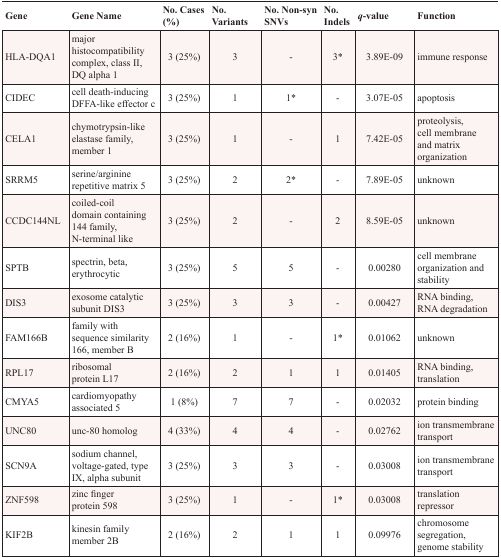
<table><thead><tr><td><b>Gene</b></td><td><b>Gene Name</b></td><td><b>No. Cases (%)</b></td><td><b>No. Variants</b></td><td><b>No. Non-syn SNVs</b></td><td><b>No. Indels</b></td><td><b><i>q</i>-value</b></td><td><b>Function</b></td></tr></thead><tbody><tr><td>HLA-DQA1</td><td>major histocompatibility complex, class II, DQ alpha 1</td><td>3 (25%)</td><td>3</td><td>-</td><td>3*</td><td>3.89E-09</td><td>immune response</td></tr><tr><td>CIDEC</td><td>cell death-inducing DFFA-like effector c</td><td>3 (25%)</td><td>1</td><td>1*</td><td>-</td><td>3.07E-05</td><td>apoptosis</td></tr><tr><td>CELA1</td><td>chymotrypsin-like elastase family, member 1</td><td>3 (25%)</td><td>1</td><td>-</td><td>1</td><td>7.42E-05</td><td>proteolysis, cell membrane and matrix organization</td></tr><tr><td>SRRM5</td><td>serine/arginine repetitive matrix 5</td><td>3 (25%)</td><td>2</td><td>2*</td><td>-</td><td>7.89E-05</td><td>unknown</td></tr><tr><td>CCDC144NL</td><td>coiled-coil domain containing 144 family, N-terminal like</td><td>3 (25%)</td><td>2</td><td>-</td><td>2</td><td>8.59E-05</td><td>unknown</td></tr><tr><td>SPTB</td><td>spectrin, beta, erythrocytic</td><td>3 (25%)</td><td>5</td><td>5</td><td>-</td><td>0.00280</td><td>cell membrane organization and stability</td></tr><tr><td>DIS3</td><td>exosome catalytic subunit DIS3</td><td>3 (25%)</td><td>3</td><td>3</td><td>-</td><td>0.00427</td><td>RNA binding, RNA degradation</td></tr><tr><td>FAM166B</td><td>family with sequence similarity 166, member B</td><td>2 (16%)</td><td>1</td><td>-</td><td>1*</td><td>0.01062</td><td>unknown</td></tr><tr><td>RPL17</td><td>ribosomal protein L17</td><td>2 (16%)</td><td>2</td><td>1</td><td>1</td><td>0.01405</td><td>RNA binding, translation</td></tr><tr><td>CMYA5</td><td>cardiomyopathy associated 5</td><td>1 (8%)</td><td>7</td><td>7</td><td>-</td><td>0.02032</td><td>protein binding</td></tr><tr><td>UNC80</td><td>unc-80 homolog</td><td>4 (33%)</td><td>4</td><td>4</td><td>-</td><td>0.02762</td><td>ion transmembrane transport</td></tr><tr><td>SCN9A</td><td>sodium channel, voltage-gated, type IX, alpha subunit</td><td>3 (25%)</td><td>3</td><td>3</td><td>-</td><td>0.03008</td><td>ion transmembrane transport</td></tr><tr><td>ZNF598</td><td>zinc finger protein 598</td><td>3 (25%)</td><td>1</td><td>-</td><td>1*</td><td>0.03008</td><td>translation repressor</td></tr><tr><td>KIF2B</td><td>kinesin family member 2B</td><td>2 (16%)</td><td>2</td><td>1</td><td>1</td><td>0.09976</td><td>chromosome segregation, genome stability</td></tr></tbody></table>